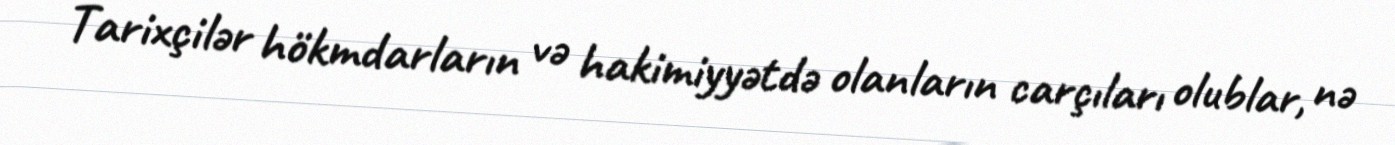
Tarixçilər hökmdarların və hakimiyyətdə olanların carçıları olublar, nə